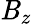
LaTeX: \mathit{B}_{z}